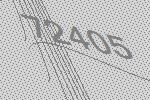
72405